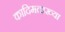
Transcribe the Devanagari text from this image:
कादिमताख्या